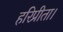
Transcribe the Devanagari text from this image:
हरिप्रीता।